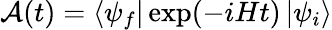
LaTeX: {\cal{A}}(t)=\left\langle\psi_{f}\right|\exp(-iHt)\left|\psi_{i}\right\rangle